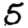
Digit: 5